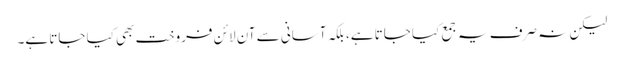
لیکن نہ صرف یہ جمع کیا جاتا ہے، بلکہ آسانی سے آن لائن فروخت بھی کیا جاتا ہے۔